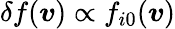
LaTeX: \delta f(\boldsymbol{v})\propto f_{i0}(\boldsymbol{v})